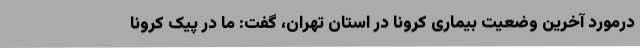
درمورد آخرین وضعیت بیماری کرونا در استان تهران، گفت: ما در پیک کرونا